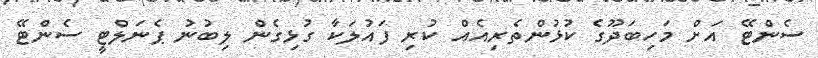
ސެންޓޭ އަށް މަހިބަދޫގެ ކުޅުންތެރިއެއް ކުރި ފައުލަކާ ގުޅިގެން ލިބުނު ޕެނަލްޓީ ސެންޓޭ